Civil Veterinary Department. Madras. Admin. report 1910-25 - 1910-1925
Year: 1910
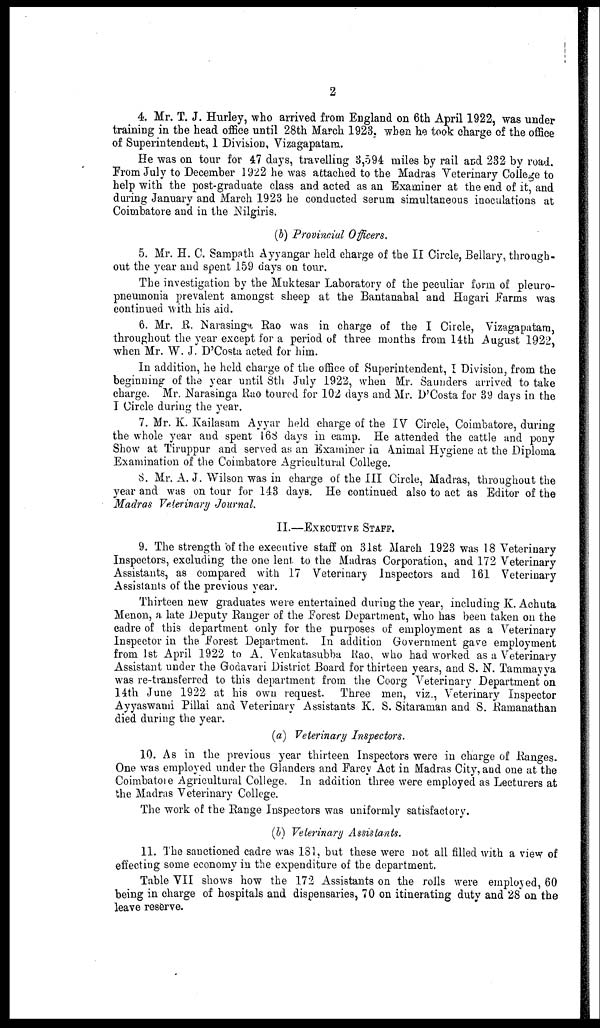
2
4. Mr. T. J. Hurley, who arrived from England on 6th April 1922, was under
training in the head office until 28th March 1923. when he took charge of the office
of Superintendent, 1 Division, Vizagapatam.
He was on tour for 47 days, travelling 3,594 miles by rail and 232 by road.
From July to December 1922 he was attached to the Madras Veterinary College to
help with the post-graduate class and acted as an Examiner at the end of it, and
daring January and March 1923 he conducted serum simultaneous inoculations at
Coimbatore and in the Nilgiris.
(b) Provincial Officers.
5. Mr. H. C. Sampath Ayyangar held charge of the II Circle, Bellary, through-
out the year and spent 159 days on tour.
The investigation by the Muktesar Laboratory of the peculiar form of pleuro-
pneumonia prevalent amongst sheep at the Bantanahal and Hagari Farms was
continued with his aid.
6. Mr. R. Narasinga Rao was in charge of the I Circle, Vizagapatam,
throughout the year except for a period of three months from 14th August 1922,
when Mr. W. J. D'Costa acted for him.
In addition, he held charge of the office of Superintendent, I Division, from the
beginning of the year until 8th July 1922, when Mr. Saunders arrived to take
charge. Mr. Narasinga Rao toured for 102 days and Mr. D'Costa for 39 days in the
I Circle during the year.
7. Mr. K. Kailasam Ayyar held charge of the IV Circle, Coimbatore, during
the whole year and spent 168 days in camp. He attended the cattle and pony
Show at Tiruppur and served as an Examiner in Animal Hygiene at the Diploma
Examination of the Coimbatore Agricultural College.
S. Mr. A. J. Wilson was in charge of the III Circle, Madras, throughout the
year and was on tour for 143 days. He continued also to act as Editor of the
Madras Veterinary Journal.
II.—EXECUTIVE STAFF.
9. The strength of the executive staff on 31st March 1923 was 18 Veterinary
Inspectors, excluding the one lent to the Madras Corporation, and 172 Veterinary
Assistants, as compared with 17 Veterinary Inspectors and 161 Veterinary
Assistants of the previous year.
Thirteen new graduates were entertained during the year, including K. Achuta
Menon, a late Deputy Ranger of the Forest Department, who has been taken on the
cadre of this department only for the purposes of employment as a Veterinary
Inspector in the Forest Department. In addition Government gave employment
from 1st April 1922 to A. Venkatasubba Rao., who had worked as a Veterinary
Assistant under the Godavari District Board for thirteen years, and S. N. Tammayya
was re-transferred to this department from the Coorg Veterinary Department on
14th June 1922 at his own request. Three men, viz., Veterinary Inspector
Ayyaswami Pillai and Veterinary Assistants K. S. Sitaraman and S. Ramanathan
died during the year.
(a) Veterinary Inspectors.
10. As in the previous year thirteen Inspectors were in charge of Ranges.
One was employed under the Glanders and Farcy Act in Madras City, and one at the
Coimbatore Agricultural College. In addition three were employed as Lecturers at
the Madras Veterinary College.
The work of the Range Inspectors was uniformly satisfactory.
(b) Veterinary Assistants.
11. The sanctioned cadre was 181, but these were not all filled with a view of
effecting some economy in the expenditure of the department.
Table VII shows how the 172 Assistants on the rolls were employed, 60
being in charge of hospitals and dispensaries, 70 on itinerating duty and 28 on the
leave reserve.